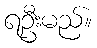
ရဦးမည်။